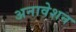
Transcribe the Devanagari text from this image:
अनावेशन